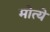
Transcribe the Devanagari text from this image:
मोत्ये